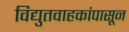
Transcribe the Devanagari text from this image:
विद्युतवाहकांपासून